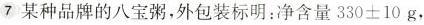
7某种品牌的八宝粥，外包装标明：净含量330±10g，